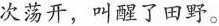
次荡开，叫醒了田野。